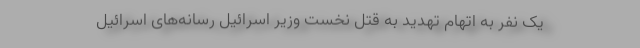
یک نفر به اتهام تهدید به قتل نخست وزیر اسرائیل رسانه‌های اسرائیل